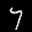
Label: 7